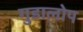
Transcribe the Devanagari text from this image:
गुडालोप